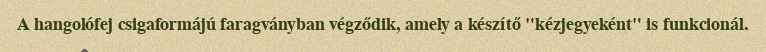
A hangolófej csigaformájú faragványban végződik, amely a készítő "kézjegyeként" is funkcionál.